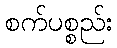
စက်ပစ္စည်း